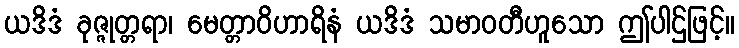
ယဒိဒံ ခုဇ္ဇုတ္တရာ၊ မေတ္တာဝိဟာရိနံ ယဒိဒံ သမာဝတီဟူသော ဤပါဌ်ဖြင့်။